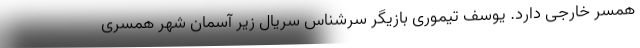
همسر خارجی دارد. یوسف تیموری بازیگر سرشناس سریال زیر آسمان شهر همسری